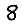
Digit: 8